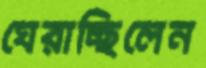
ঘেরাচ্ছিলেন